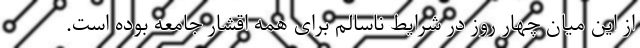
از این میان چهار روز در شرایط ناسالم برای همه اقشار جامعه بوده است.